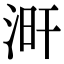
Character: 涆